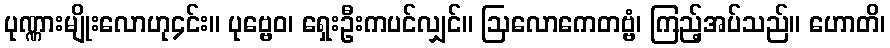
ပုဏ္ဏားမျိုးလောဟု၄င်း။ ပုဗ္ဗေဝ၊ ရှေးဦးကပင်လျှင်။ ဩလောကေတဗ္ဗံ၊ ကြည့်အပ်သည်။ ဟောတိ၊